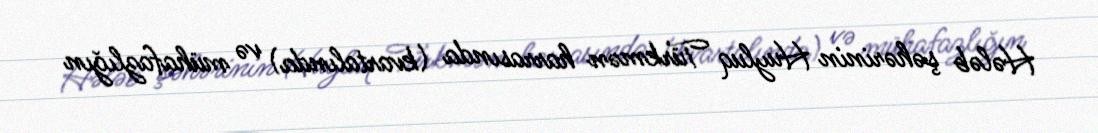
Hələb şəhərinin Huyluq Türkmən harrasında (kvartalında) və mühafazlığın